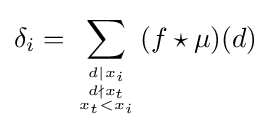
\delta _{i}=\sum _{d\mid x_{i} \atop {d\nmid x_{t} \atop x_{t}<x_{i}}}(f\star \mu )(d)